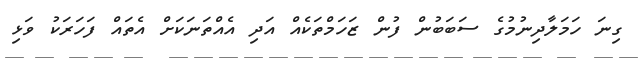
ގިނަ ހަމަލާދިނުމުގެ ސަބަބުން ފުން ޒަހަމްތަކެއް އަދި އެއްތަނަކަށް އެތައް ފަހަރަކު ވަޅި